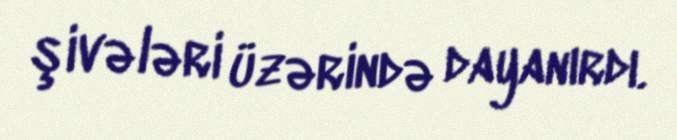
şivələri üzərində dayanırdı.